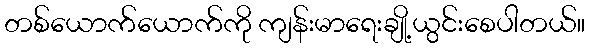
တစ်ယောက်ယောက်ကို ကျန်းမာရေးချို့ယွင်းစေပါတယ်။